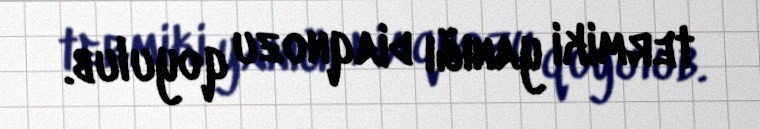
termiki yanığı diaqnozu qoyulub.